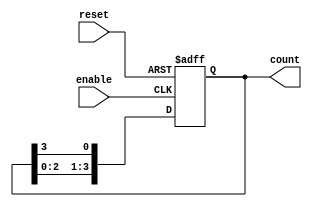
module async_ring_counter #(
    parameter N = 4  // Number of flip-flops
)(
    input wire reset,  // Asynchronous reset
    input wire enable, // Enable signal to control counting
    output reg [N-1:0] count // Output count
);

// Internal signal for the next state
reg [N-1:0] next_count;

// Asynchronous reset and state transition
always @(posedge enable or posedge reset) begin
    if (reset) begin
        // Initialize the counter to 1 (only the first flip-flop is high)
        count <= 1'b1;
    end else begin
        // Shift the '1' to the next flip-flop in the ring
        next_count = {count[N-2:0], count[N-1]};
        count <= next_count;
    end
end

endmodule